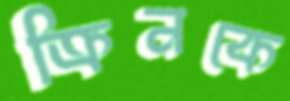
ক্রিনকে